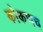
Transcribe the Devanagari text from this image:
कोकणच